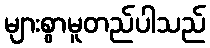
များစွာမူတည်ပါသည်